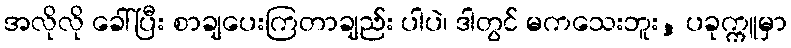
အလိုလို ခေါ်ပြီး စာချပေးကြတာချည်း ပါပဲ၊ ဒါတွင် မကသေးဘူး, ပခုက္ကူမှာ